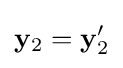
\mathbf {y} _{2}=\mathbf {y} '_{2}